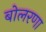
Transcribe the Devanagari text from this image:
बोलरणा